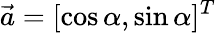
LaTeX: \vec{a}=[\cos{\alpha},\sin{\alpha}]^{T}